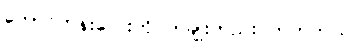
တောင်ကုန်းလေးကို တချိုးတည်း တက်တယ်။